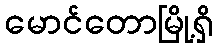
မောင်တောမြို့ရှိ